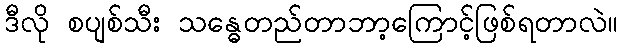
ဒီလို စပျစ်သီး သန္ဓေတည်တာဘာ့ကြောင့်ဖြစ်ရတာလဲ။